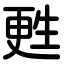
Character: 甦